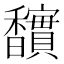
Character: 𮩱